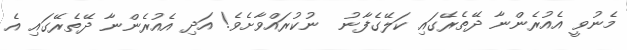
މެނުވީ އެއުރެންނާ ދޭތެރޭގައި ކަލޭގެފާނު  ނުކުރައްވާށެވެ! އަދި އެއުރެންނާ ދޭތެރޭގައި އެ